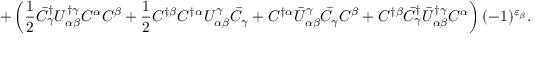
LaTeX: + \left( \frac { 1 } { 2 } \bar { C } _ { \gamma } ^ { \dagger } U _ { \alpha \beta } ^ { \dagger \gamma } C ^ { \alpha } C ^ { \beta } + \frac { 1 } { 2 } C ^ { \dagger \beta } C ^ { \dagger \alpha } U _ { \alpha \beta } ^ { \gamma } \bar { C } _ { \gamma } + C ^ { \dagger \alpha } \bar { U } _ { \alpha \beta } ^ { \gamma } \bar { C } _ { \gamma } C ^ { \beta } + C ^ { \dagger \beta } \bar { C } _ { \gamma } ^ { \dagger } \bar { U } _ { \alpha \beta } ^ { \dagger \gamma } C ^ { \alpha } \right) ( - 1 ) ^ { \varepsilon _ { \beta } } .